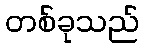
တစ်ခုသည်